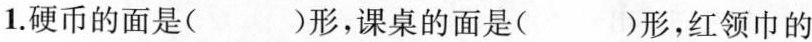
1.硬币的面是( )形，课桌的面是( )形，红领巾